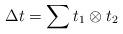
LaTeX: \begin{align*}\Delta t = \sum t_1\otimes t_2\end{align*}